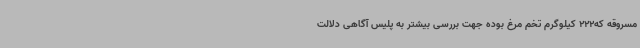
مسروقه که222 کیلوگرم تخم مرغ بوده جهت بررسی بیشتر به پلیس آگاهی دلالت